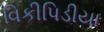
વિકીપિડીયા